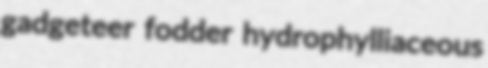
gadgeteer fodder hydrophylliaceous